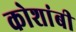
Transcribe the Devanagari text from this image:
कोशांबी